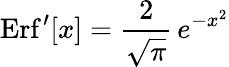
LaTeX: \mathrm{Erf}^{\prime}[x]={\frac{2}{\sqrt\pi}}\, e^{-x^{2}}